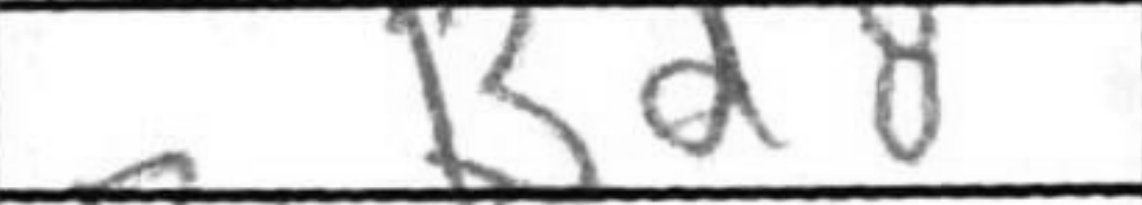
Transcription: Bd8